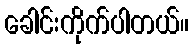
ခေါင်းကိုက်ပါတယ်။